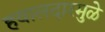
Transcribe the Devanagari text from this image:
हवालदारमुळे